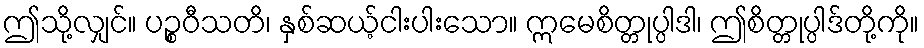
ဤသို့လျှင်။ ပဉ္စဝီသတိ၊ နှစ်ဆယ့်ငါးပါးသော။ ဣမေစိတ္တုပ္ပါဒါ၊ ဤစိတ္တုပ္ပါဒ်တို့ကို။